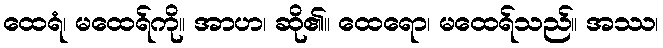
ထေရံ၊ မထေရ်ကို။ အာဟ၊ ဆို၏။ ထေရော၊ မထေရ်သည်။ အဿ၊